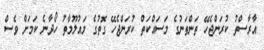
އާރާސްތު ކުރަންޖެހޭ ތަންތަނުގެ މަސައްކަތް ކުރަންޖެހޭ ގޮތުގެ މައުލޫމާތު ހޯދާނެ ކަމަށް ވެސް